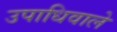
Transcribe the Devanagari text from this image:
उपाधिवाले